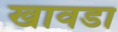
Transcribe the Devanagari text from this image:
खावडा